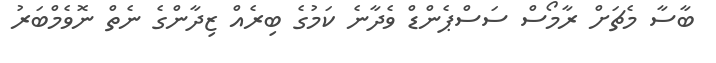
ބާސާ މެޗަށް ރާމޯސް ސަސްޕެންޑް ވެދާނެ ކަމުގެ ބިރެއް ޒިދާންގެ ނެތް ނޮވެމްބަރު